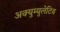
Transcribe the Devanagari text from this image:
अक्युम्युलेटिव